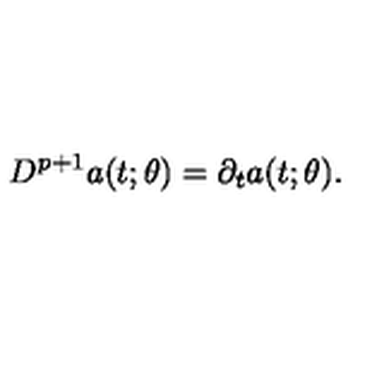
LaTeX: D ^ { p + 1 } a ( t ; \theta ) = \partial _ { t } a ( t ; \theta ) .